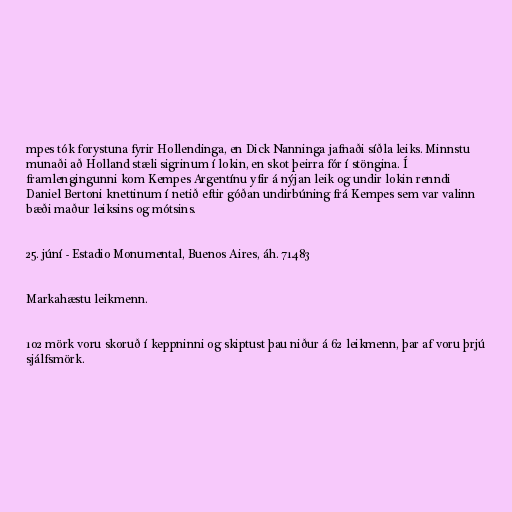
mpes tók forystuna fyrir Hollendinga, en Dick Nanninga jafnaði síðla leiks. Minnstu
munaði að Holland stæli sigrinum í lokin, en skot þeirra fór í stöngina. Í
framlengingunni kom Kempes Argentínu yfir á nýjan leik og undir lokin renndi
Daniel Bertoni knettinum í netið eftir góðan undirbúning frá Kempes sem var valinn
bæði maður leiksins og mótsins.

25. júní - Estadio Monumental, Buenos Aires, áh. 71.483

Markahæstu leikmenn.

102 mörk voru skoruð í keppninni og skiptust þau niður á 62 leikmenn, þar af voru þrjú
sjálfsmörk.